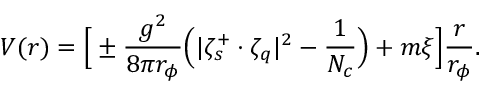
V ( r ) = \Big [ \pm \frac { g ^ { 2 } } { 8 \pi r _ { \phi } } \Big ( | \zeta _ { s } ^ { + } \cdot \zeta _ { q } | ^ { 2 } - \frac { 1 } { N _ { c } } \Big ) + m \xi \Big ] \frac { r } { r _ { \phi } } .